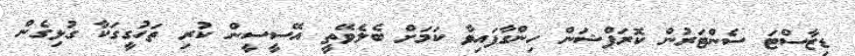
ޑިޒާސްޓަ ސެންޓަރުން ކޮރަޕްޝަން ހިންގާފައިވާ ކަމަށް ބެލެވޭތީ އޭސީސީން ކުރި ތަހުގީގަކާ ގުޅިގެން